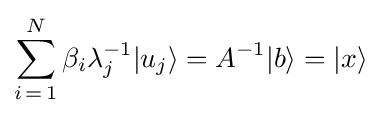
\sum _{i\mathop {=} 1}^{N}\beta _{i}\lambda _{j}^{-1}|u_{j}\rangle =A^{-1}|b\rangle =|x\rangle